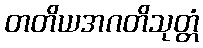
တတိယအဂတိသုတ္တံ